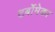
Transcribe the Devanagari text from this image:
टर्बोमेका